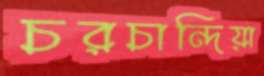
চরচান্দিয়া